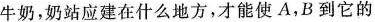
牛奶，奶站应建在什么地方，才能使A，B到它的